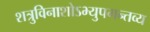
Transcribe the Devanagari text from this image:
शत्रुविनाशोऽभ्युपगन्तव्य